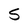
Character: S